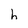
Character: h